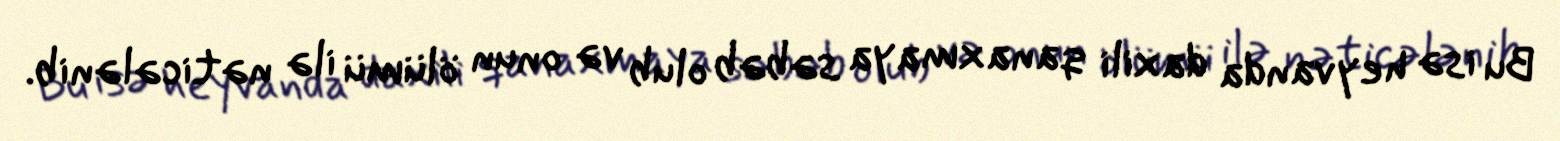
Bu isə heyvanda daxili qanaxmaya səbəb olub və onun ölümü ilə nəticələnib.